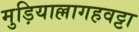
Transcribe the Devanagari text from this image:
मुड़ियाल्लागहवट्टा